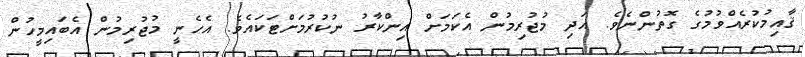
ޤާއިމުކުރެއްވުމުގެ ގޮތުންނެވެ. އަދި މުޖުރިމުން އެކަމަށް އިންކާރު ނުކުރުމަށްޓަކައެވެ. އެހެނީ މުޖުރިމުން އެބައިމީހުން